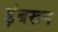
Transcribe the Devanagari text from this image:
ड़ंबरून